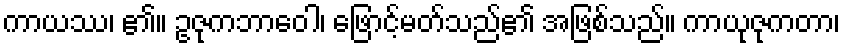
ကာယဿ၊ ၏။ ဥဇုကဘာဝေါ၊ ဖြောင့်မတ်သည်၏ အဖြစ်သည်။ ကာယုဇုကတာ၊